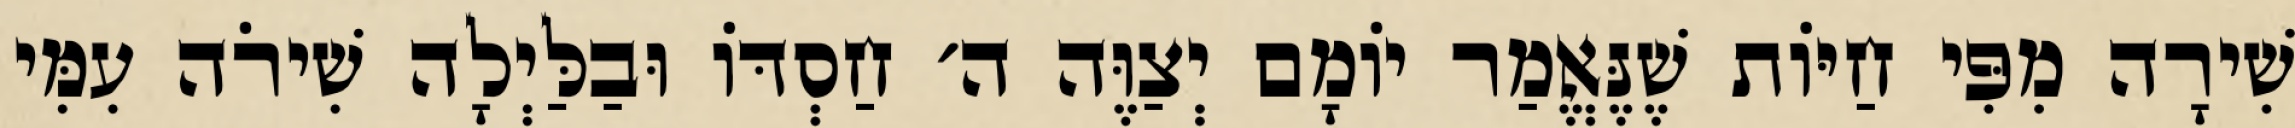
שִׁירָה מִפִּי חַיּוֹת שֶׁנֶּאֱמַר יוֹמָם יְצַוֶּה ה׳ חַסְדּוֹ וּבַלַּיְלָה שִׁירֹה עִמִּי